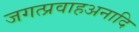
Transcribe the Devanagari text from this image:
जगत्प्रवाहअनादि